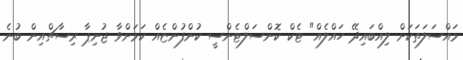
މައްސަލަތަކަށް ލިއްބައިދޭ ހައްލެއް" ޓެކް ކޮންސަލްޓެންސީ ކުންފުންޏެއް ކަމަށްވާ ޖުނިޕާ ރިސާޗްއިން ބުނެ